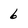
Character: 6